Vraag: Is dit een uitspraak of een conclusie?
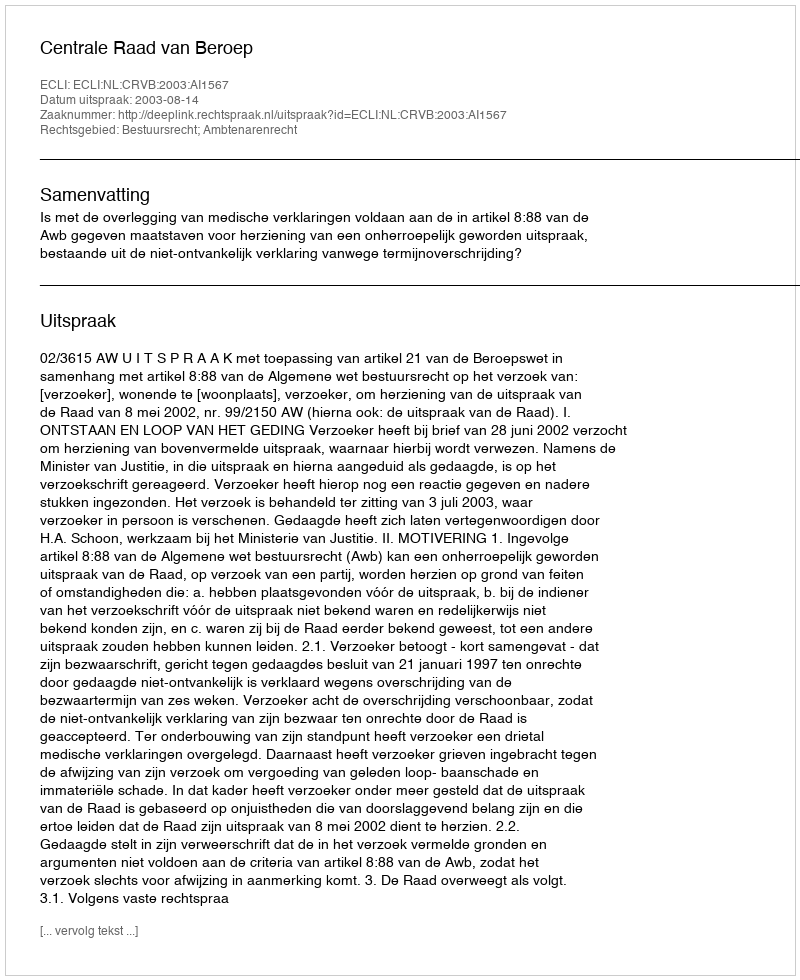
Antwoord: Uitspraak